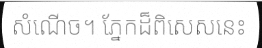
សំណើច។ ភ្នែកដ៏ពិសេសនេះ